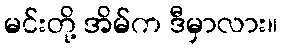
မင်းတို့ အိမ်က ဒီမှာလား။